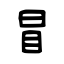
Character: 冒